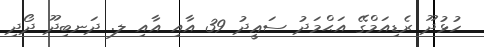
ހުޅުދޫ ރެޑިއަމްގޭ އަޙްމަދު ސަޢީދު 39 އާއި އާއި ލ. ދަނބިދޫ ދޯދި